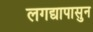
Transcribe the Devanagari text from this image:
लगद्यापासुन